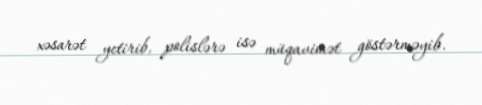
xəsarət yetirib, polislərə isə müqavimət göstərməyib.